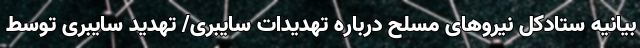
بیانیه ستادکل نیروهای مسلح درباره تهدیدات سایبری/ تهدید سایبری توسط